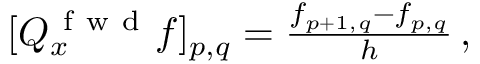
\begin{array} { r } { [ Q _ { x } ^ { \mathrm { ~ f ~ w ~ d ~ } } f ] _ { p , q } = \frac { f _ { p + 1 , q } - f _ { p , q } } { h } \, , } \end{array}